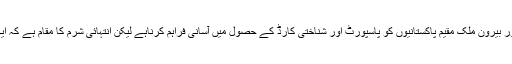
انہوں نے کہا کہ حکومت، وزارت داخلہ اور نادرا کا کام اندورن اور بیرون ملک مقیم پاکستانیوں کو پاسپورٹ اور شناختی کارڈ کے حصول میں آسانی فراہم کرناہے لیکن انتہائی شرم کا مقام ہے کہ ایک پاکستانی کو اس کے بنیادی حقوق سے محروم رکھا جارہا ہے۔